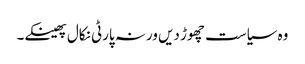
وہ سیاست چھوڑ دیں ورنہ پارٹی نکال پھینکے۔